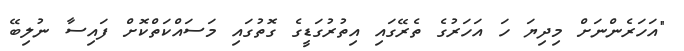
"އަހަރެންނަށް މިދިޔަ ހަ އަހަރުގެ ތެރޭގައި އިތުރުގަޑީގެ ގޮތުގައި މަސައްކަތްކޮށް ފައިސާ ނުލިބޭ